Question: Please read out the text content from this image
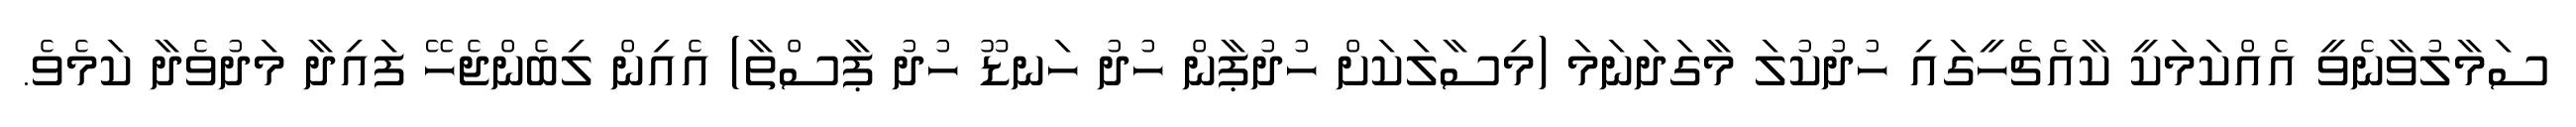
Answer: ސަމާލުވާނެވީ އެއްކަމަކީ ކާއެޗެހީގައި ހުދުކުލަ މާގަދަނަމަ (މިސާލަކަށް ހުދުޕާން ހުދު ހަނޑޫ ހުދު ޕާސްތާ) އެއިން ލިބެންޖެހޭ ފައިދާ މަދުވެދާ ކަމެވެ.